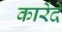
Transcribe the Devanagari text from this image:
कारेंदे